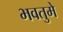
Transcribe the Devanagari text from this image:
भवतुमे